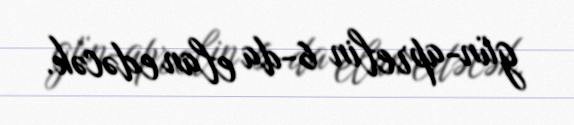
gün-aprelin 6-da elan edəcək.